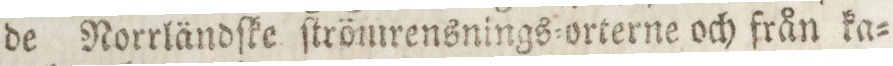
de Norrländſke ſtrömrensnings=orterne och från ka=